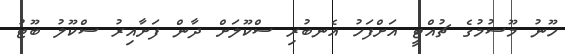
ހޫނު މޫސުމުގެ ޗުއްޓީ އަށްފަހު އެނބުރި ސްކޫލަށް ދާން ފަށާއިރު ސްކޫލު ބޫޓު